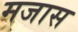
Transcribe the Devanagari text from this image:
मजास